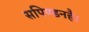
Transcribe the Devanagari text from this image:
सपिण्डनहै।